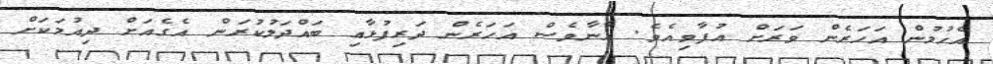
އެހުމުން އަހަރެން ވަރަށް އުފާވިއެވެ. އާނާވެސް އަހަރެން ދަރިފުޅާއި ބައްދަލުކުރަން އެގެއަށް ދިއުމަކަށް